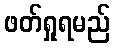
ဖတ်ရှုရမည်